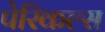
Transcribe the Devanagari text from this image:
पेरिकल्स